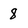
Character: 8